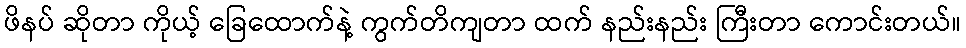
ဖိနပ် ဆိုတာ ကိုယ့် ခြေထောက်နဲ့ ကွက်တိကျတာ ထက် နည်းနည်း ကြီးတာ ကောင်းတယ်။